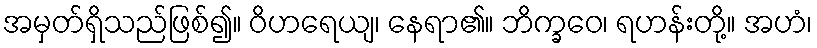
အမှတ်ရှိသည်ဖြစ်၍။ ဝိဟရေယျ၊ နေရာ၏။ ဘိက္ခဝေ၊ ရဟန်းတို့။ အဟံ၊